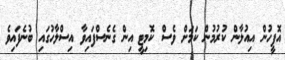
އޮފީހުން އިއުލާން ކުރުމުން ކަމަށް ވެސް ކޮމިޓީ އިން ގެނެސްފައިވާ އިސްލާހުގައި ބުނެފައިވެ